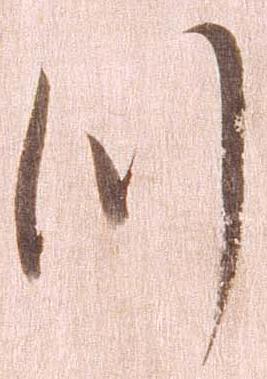
つ